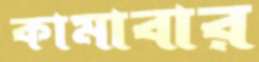
কামাবার